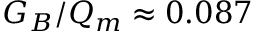
G _ { B } / Q _ { m } \approx 0 . 0 8 7